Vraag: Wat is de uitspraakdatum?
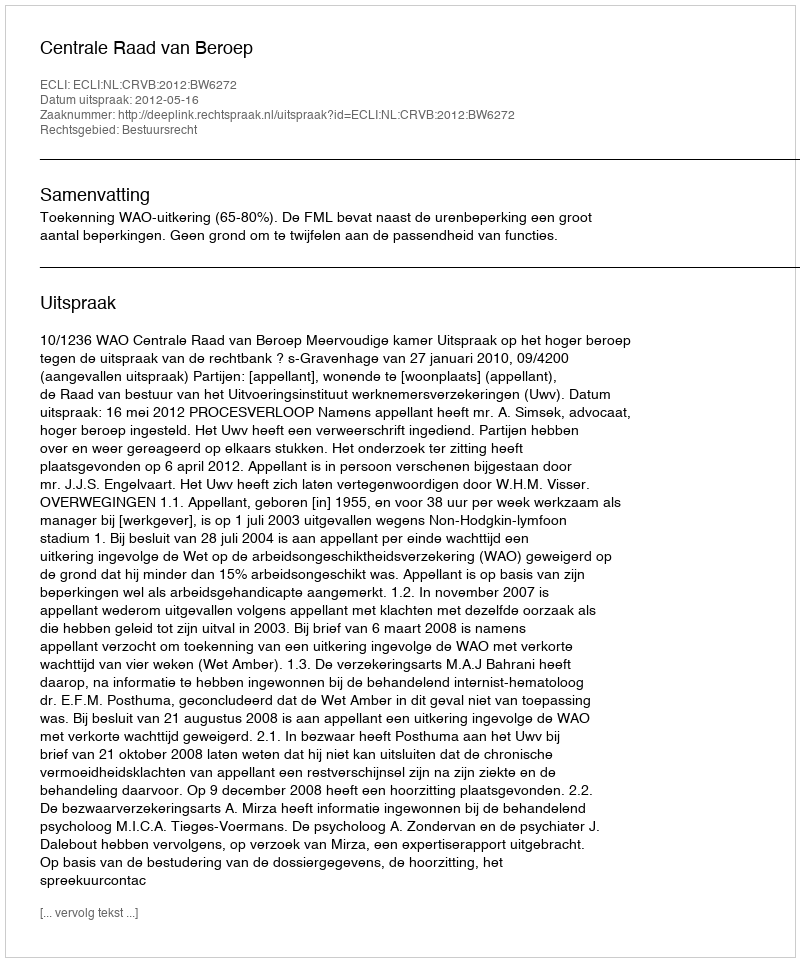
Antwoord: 2012-05-16